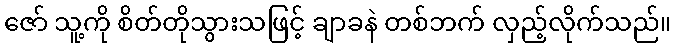
ဇော် သူ့ကို စိတ်တိုသွားသဖြင့် ချာခနဲ တစ်ဘက် လှည့်လိုက်သည်။